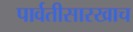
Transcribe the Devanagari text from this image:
पार्वतीसारखाच